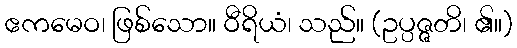
ဧကမေဝ၊ ဖြစ်သော။ ဝီရိယံ၊ သည်။ (ဥပ္ပဇ္ဇတိ၊ ၏။)